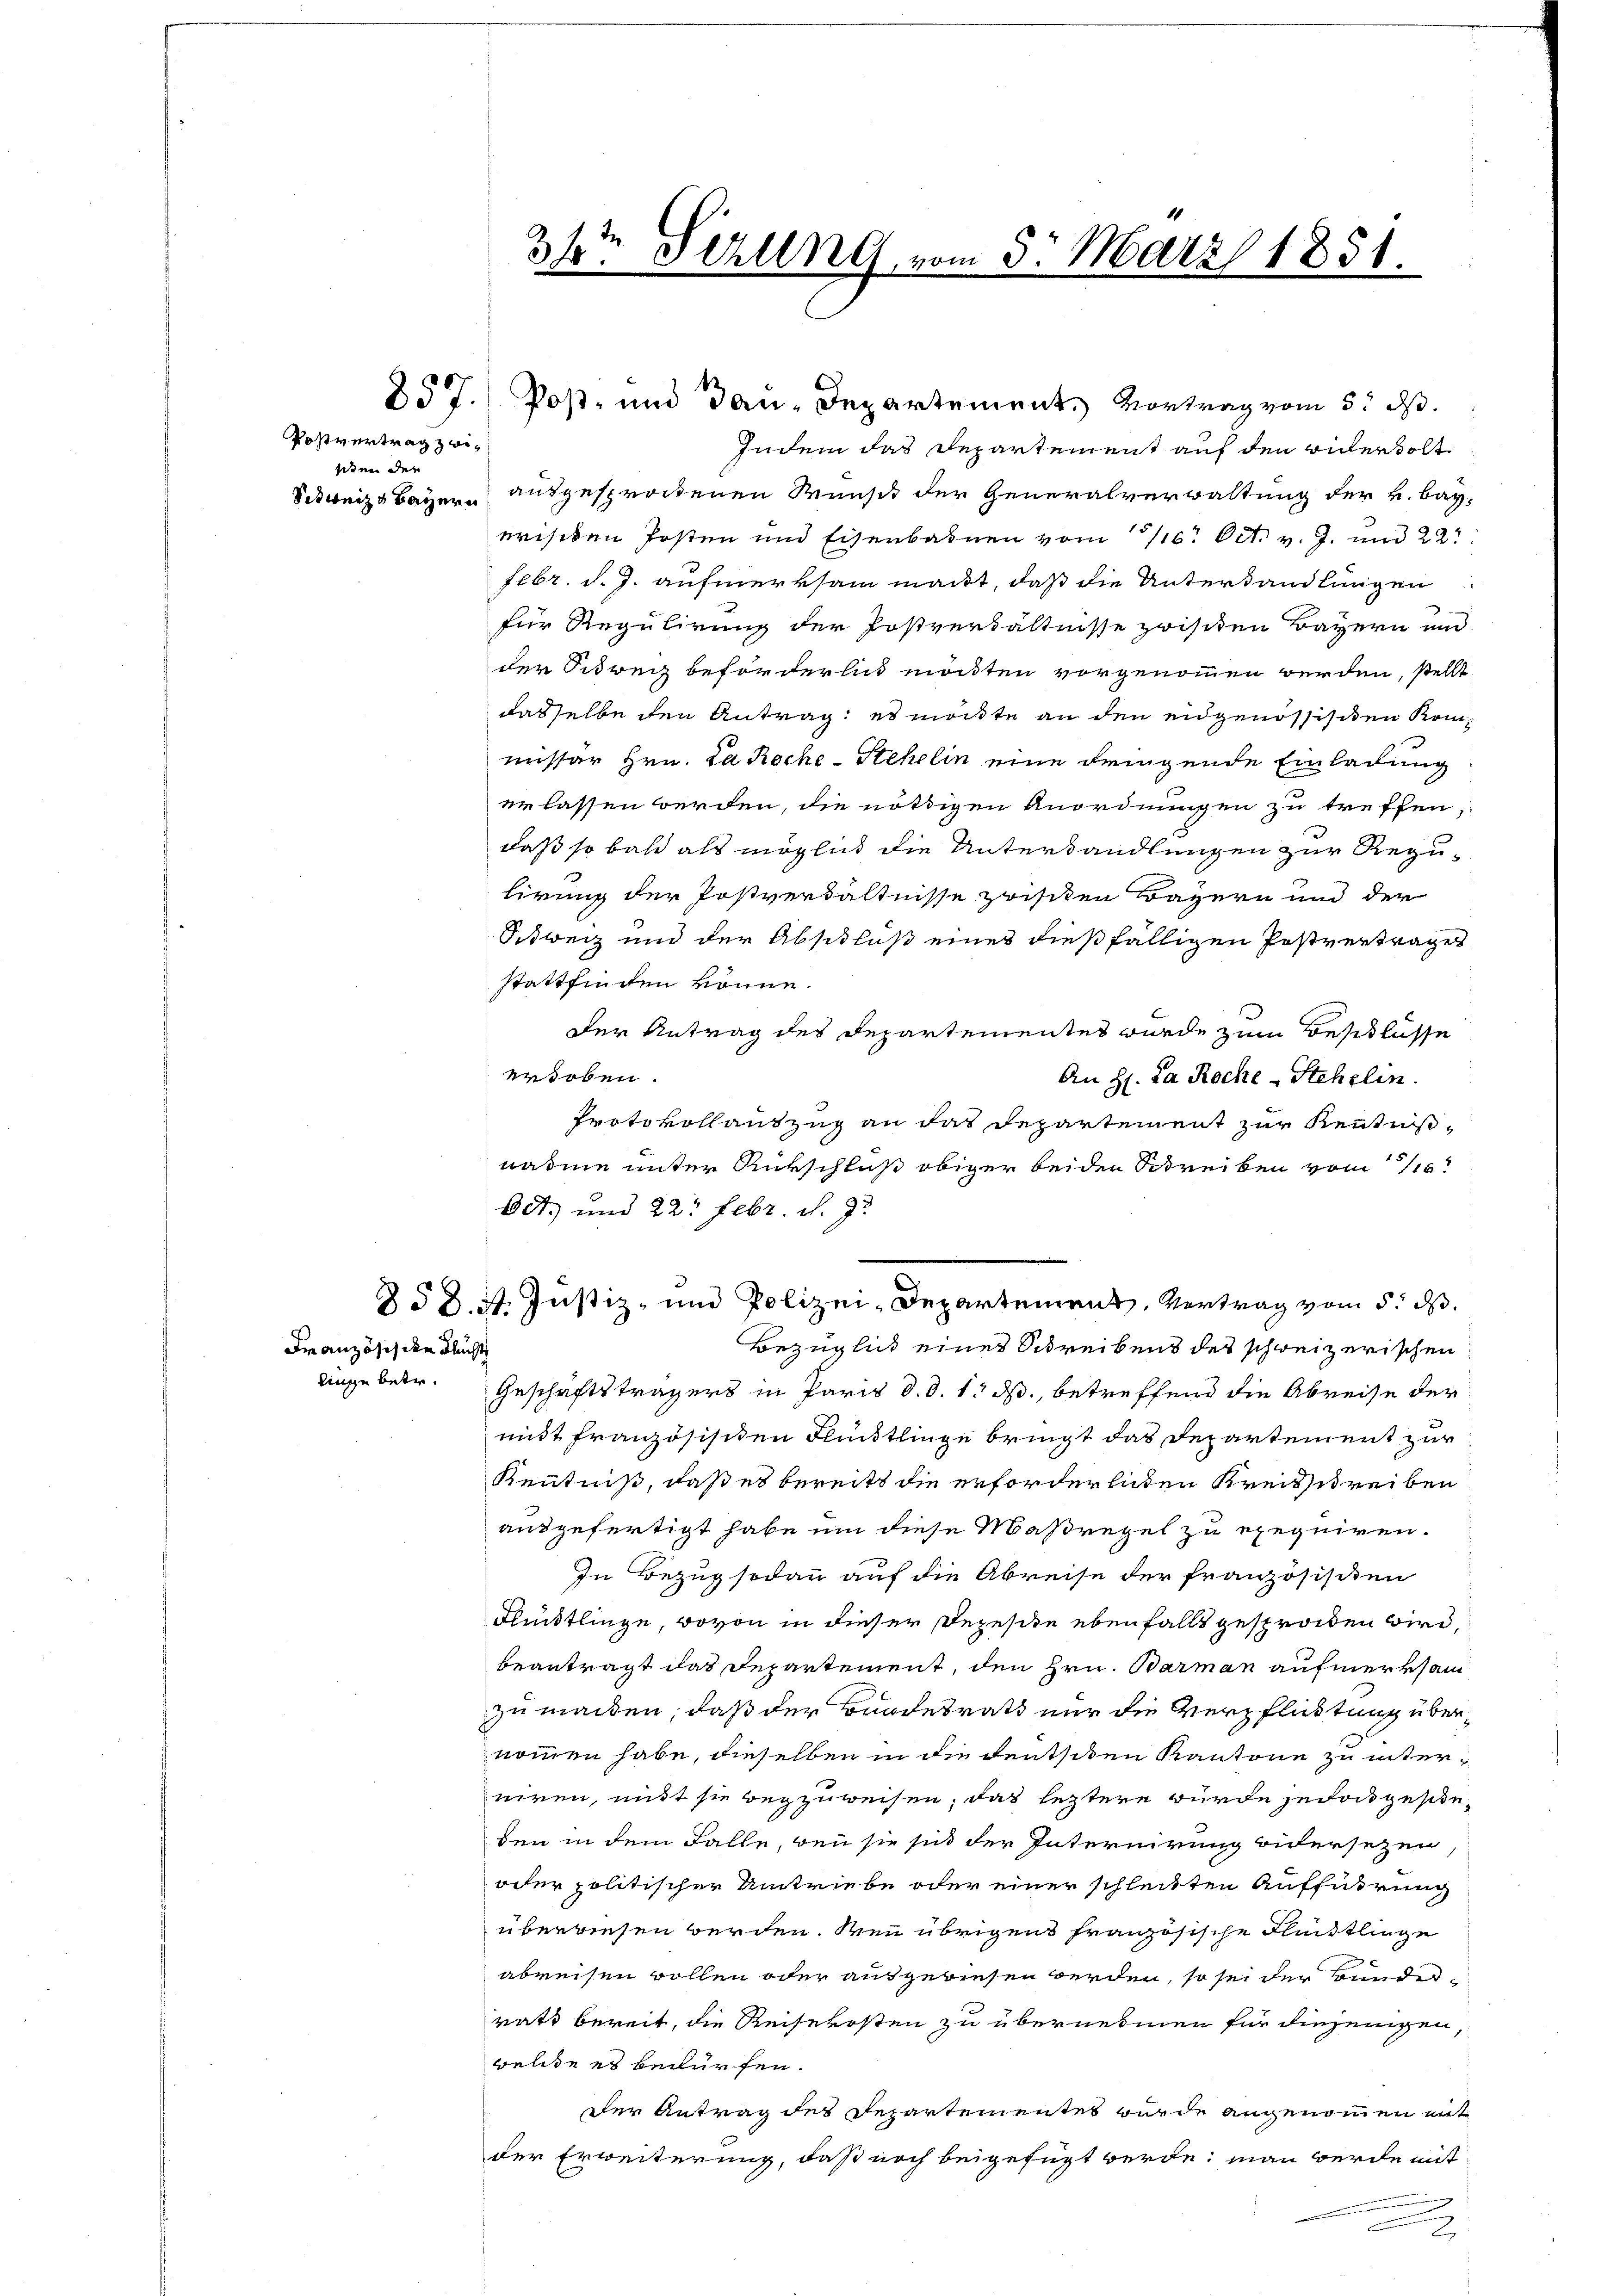
Postvertrag zwiwien der
Schweiz Bayern

Französich den Flucht

857.

3ste Perung vom 5. März 1851.

s

Post- und Tau-Departement. Vortrag vom 3. ds.
Indem das Departement auf den widerholt
ausgesprochenen Wunsch der Generalverwaltung der v. Bay-
wrischen Posten und Eisenbahnen vom 16. Oct. v. J. und 22
Febr. d. J. aufmerksam macht, daß die Unterhandlungen
für Regulirung der Postverhältnisse zwisiten Bayern und
der Sidweg beförderlich möchten vorgenommen werden, stellt
dasselbe den Antrag: es möchte an den eidgenössisiten Kommissär Hrn. La Roche - Stehelin eine dringende Einladung
erlassen werden, die nöthigen Anordnungen zu treffen,
daß so bald als möglich die Unterhandlungen zur Reguhirung der Postverhältnisse zwischen Bayern und der
Schweiz und der Abschluß eines dießfälligen Postvertrages
stattfinden könne.
Der Antrag des Departementes wurde zum Beschlüsse
erhoben.
An Hs. Ja Roche - Stehelin.
Protokollantzug an das Departement zur Kenntnisnahme unter Rückschluß obiger beiden Schreiben vom 116
Odt.) und 22. Febr. v. J.
Bezüglich eines Schreibens des schweizerischen
Dinge betr. Geschäftsträgers in Paris d. d. 1. ds., betreffend die Abreise der
mitt französischen Flündtlinge bringt das Departement zur
Kenntniß, daß es bereits die erforderlichen Kreisschreiben
ausgefertigt habe um diese Maßregel zu exequiren.
In Bezug sodann auf die Abreise der französischen
Flünktlinge, wovon in dieser Rezeste ebenfalls gesprochen wird,
beantragt das Departement, den Hrn. Barman aufmerksam
zu machen, daß der Bundesrath nur die Verpflickstung übernommen habe, dieselben in die deutschen Kantone zu interniren, mit sie wegzuweisen, das letztere wurde jedoch gescheden in dem Falle, wenn sie sich der Internirung widersetzen
oder politischer Umtriebe oder einer schleikten Aufführung
überwiesen werden. Wenn übrigens französische Fleistlinge
abreisen wollen oder ausgewiesen werden, so sei der Bundesrath bereit, die Reisekosten zu übernehmen für diejenigen
welche es bedürfen.
der Antrag des Departementes wurde angenommen mit
der Erweiterung, daß noch beigefügt werde; man werde mit
2

§ 58. 4. Justiz- und Polizei-Departement. Vertrag vom 5. ds.